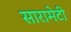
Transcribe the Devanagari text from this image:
सारामेटी